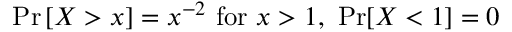
\operatorname* { P r } \left[ X > x \right] = x ^ { - 2 } { \mathrm { ~ f o r ~ } } x > 1 , \ \operatorname* { P r } [ X < 1 ] = 0